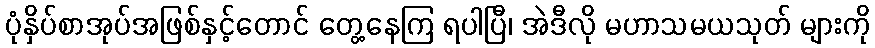
ပုံနှိပ်စာအုပ်အဖြစ်နှင့်တောင် တွေ့နေကြ ရပါပြီ၊ အဲဒီလို မဟာသမယသုတ် များကို